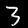
Digit: 3